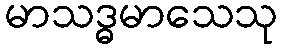
မာသဒ္ဓမာသေသု